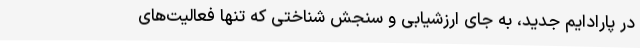
در پارادایم جدید، به جای ارزشیابی و سنجش شناختی که تنها فعالیت‌های